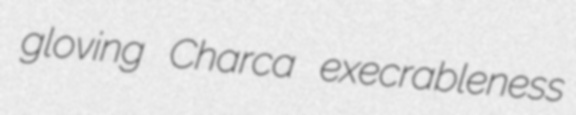
gloving Charca execrableness